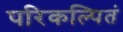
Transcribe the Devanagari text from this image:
परिकल्पितं